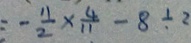
= - \frac { 1 1 } { 2 } \times \frac { 4 } { 1 1 } - 8 \div 2